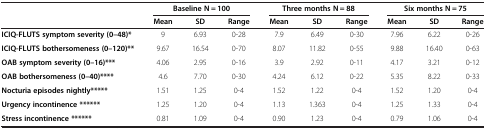
<table><thead><tr><td><b> </b></td><td colspan="3"><b>Baseline N = 100</b></td><td colspan="3"><b>Three months N = 88</b></td><td colspan="3"><b>Six months N = 75</b></td></tr><tr><td><b> </b></td><td><b>Mean</b></td><td><b>SD</b></td><td><b>Range</b></td><td><b>Mean</b></td><td><b>SD</b></td><td><b>Range</b></td><td><b>Mean</b></td><td><b>SD</b></td><td><b>Range</b></td></tr></thead><tbody><tr><td><b>ICIQ-FLUTS symptom severity (0–48)*</b></td><td>9</td><td>6.93</td><td>0-28</td><td>7.9</td><td>6.49</td><td>0-30</td><td>7.96</td><td>6.22</td><td>0-26</td></tr><tr><td><b>ICIQ-FLUTS bothersomeness (0–120)**</b></td><td>9.67</td><td>16.54</td><td>0-70</td><td>8.07</td><td>11.82</td><td>0-55</td><td>9.88</td><td>16.40</td><td>0-63</td></tr><tr><td><b>OAB symptom severity (0–16)***</b></td><td>4.06</td><td>2.95</td><td>0-16</td><td>3.9</td><td>2.92</td><td>0-11</td><td>4.17</td><td>3.21</td><td>0-12</td></tr><tr><td><b>OAB bothersomeness (0–40)****</b></td><td>4.6</td><td>7.70</td><td>0-30</td><td>4.24</td><td>6.12</td><td>0-22</td><td>5.35</td><td>8.22</td><td>0-33</td></tr><tr><td><b>Nocturia episodes nightly*****</b></td><td>1.51</td><td>1.25</td><td>0-4</td><td>1.52</td><td>1.22</td><td>0-4</td><td>1.52</td><td>1.20</td><td>0-4</td></tr><tr><td><b>Urgency incontinence ******</b></td><td>1.25</td><td>1.20</td><td>0-4</td><td>1.13</td><td>1.363</td><td>0-4</td><td>1.25</td><td>1.33</td><td>0-4</td></tr><tr><td><b>Stress incontinence ******</b></td><td>0.81</td><td>1.09</td><td>0-4</td><td>0.90</td><td>1.23</td><td>0-4</td><td>0.79</td><td>1.06</td><td>0-4</td></tr></tbody></table>